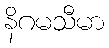
နိဂမသီမာ